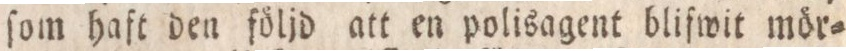
ſom haft den följd att en polisagent blifwit mör=